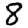
Digit: 8